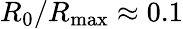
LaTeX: R_{0}/R_{\mathrm{max}}\approx 0.1